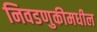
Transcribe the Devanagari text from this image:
निवडणुकीमधील